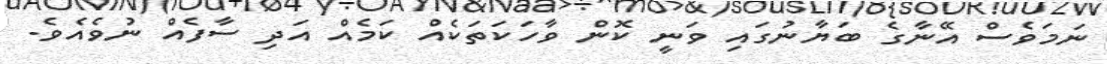
ނަމަވެސް އޭނާގެ ބަޔާނުގައި ވަނީ ކޮން ވާހަކަތަކެއް ކަމެއް އަދި ސާފެއް ނުވެއެވެ.